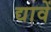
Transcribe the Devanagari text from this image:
द्यावें